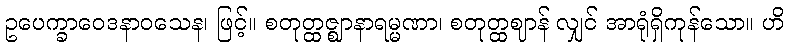
ဥပေက္ခာဝေဒနာဝသေန၊ ဖြင့်။ စတုတ္ထဇ္ဈာနာရမ္မဏာ၊ စတုတ္ထဈာန် လျှင် အာရုံရှိကုန်သော။ ဟိ